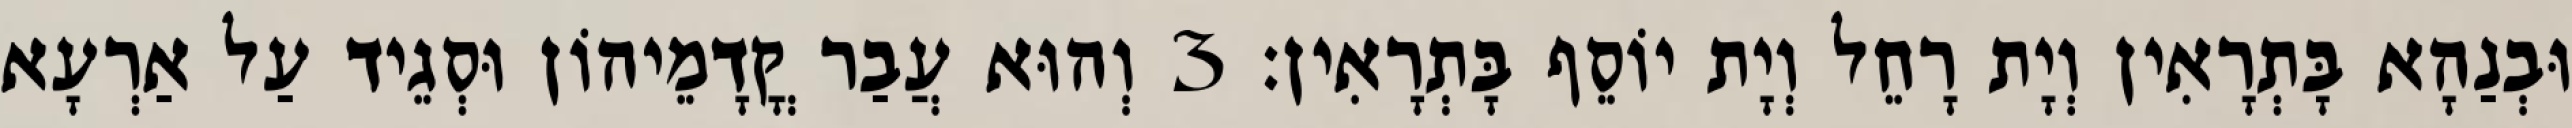
וּבְנַהָא בָּתְרָאִין וְיָת רָחֵל וְיָת יוֹסֵף בָּתְרָאִין׃ 3 וְהוּא עֲבַר קֳדָמֵיהוֹן וּסְגֵיד עַל אַרְעָא